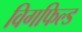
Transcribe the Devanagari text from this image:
विगफिल्ड